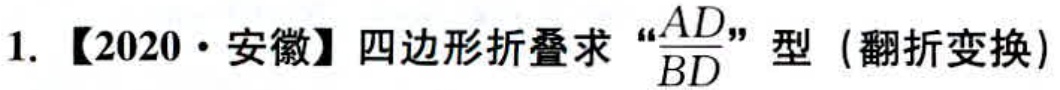
1. 【2020·安徽】四边形折叠求“\(\frac{AD}{BD}\)”型（翻折变换）